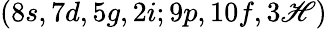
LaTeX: (8s,7d,5g,2i;9p,10f,3\mathscr{H})